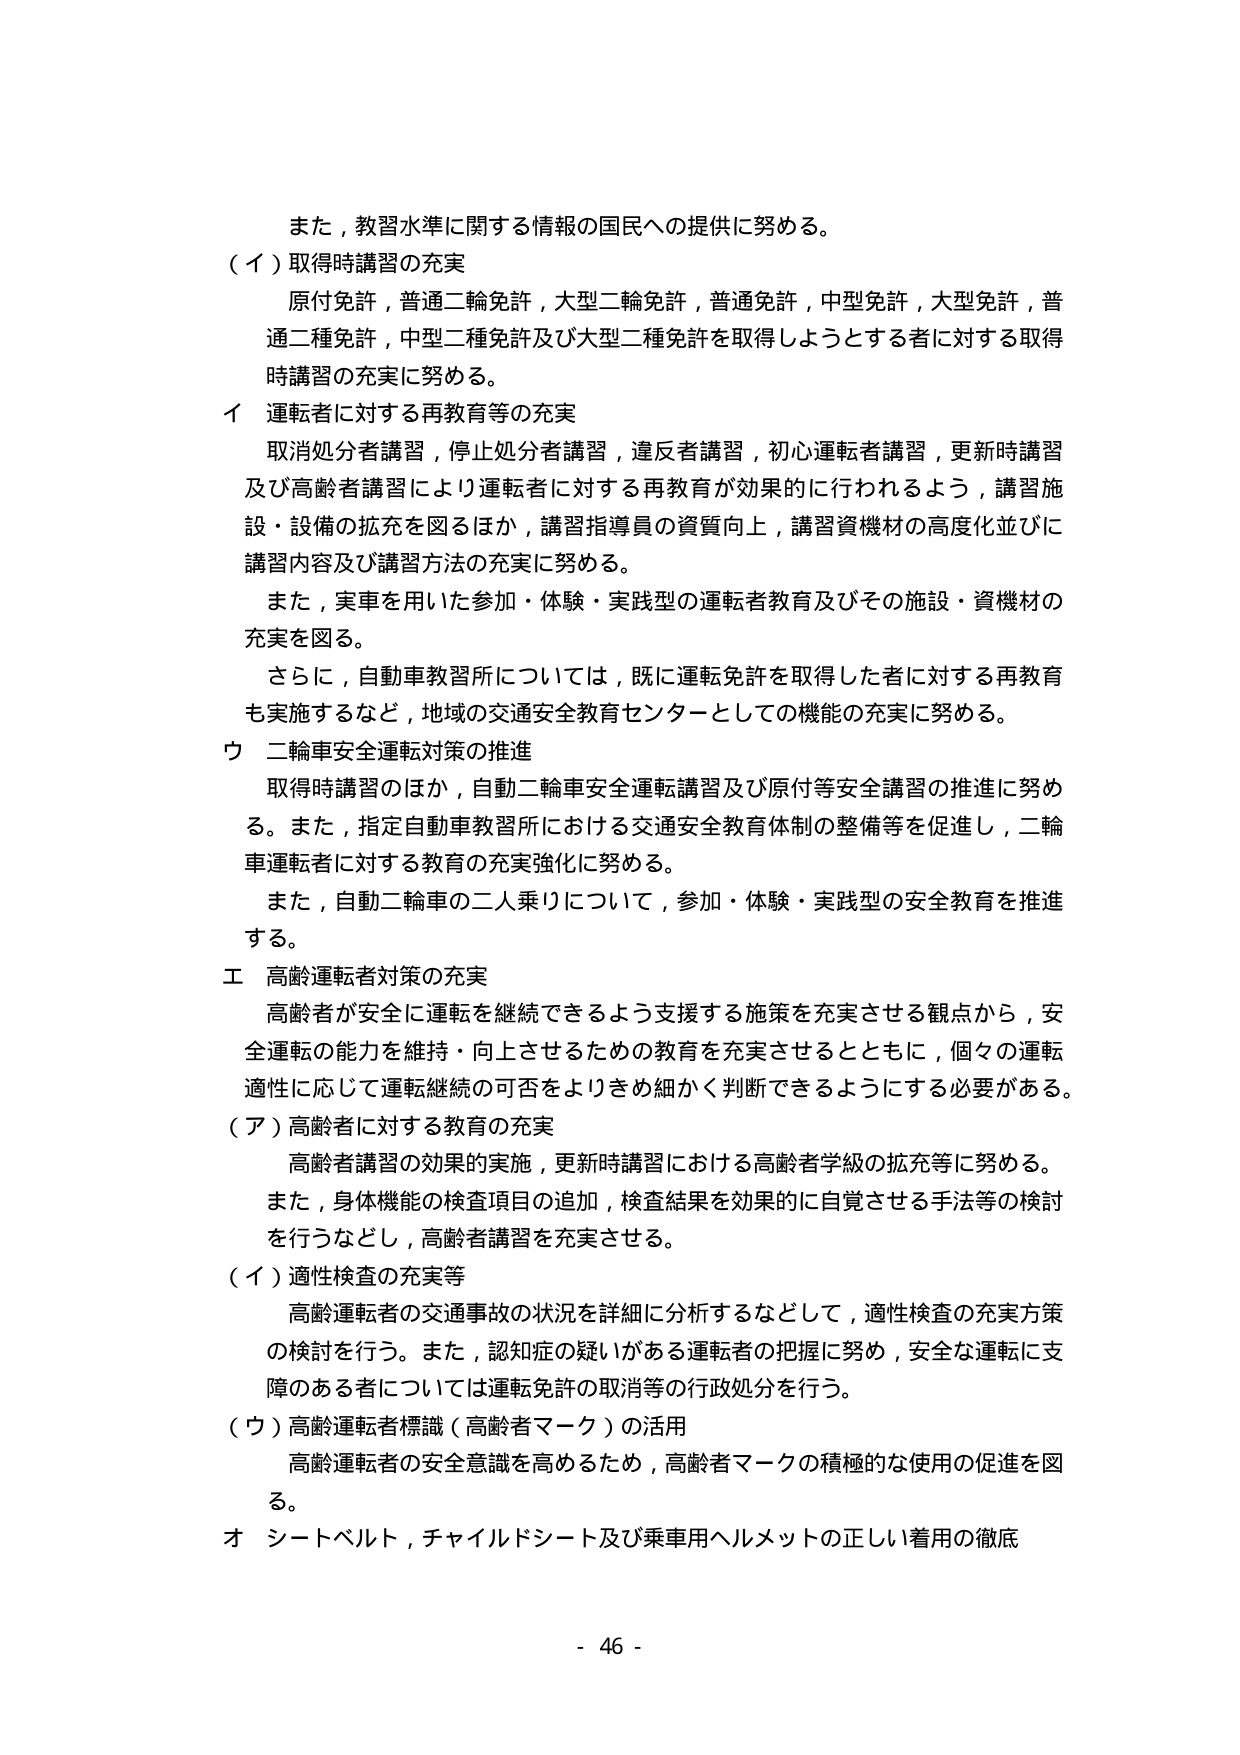
また，教習水準に関する情報の国民への提供に努める。

（イ）取得時講習の充実
原付免許，普通二輪免許，大型二輪免許，普通免許，中型免許，大型免許，普通二種免許，中型二種免許及び大型二種免許を取得しようとする者に対する取得時講習の充実に努める。

イ 運転者に対する再教育等の充実
取消処分者講習，停止処分者講習，違反者講習，初心運転者講習，更新時講習及び高齢者講習により運転者に対する再教育が効果的に行われるよう，講習施設・設備の拡充を図るほか，講習指導員の資質向上，講習資機材の高度化並びに講習内容及び講習方法の充実に努める。
また，実車を用いた参加・体験・実践型の運転者教育及びその施設・資機材の充実を図る。
さらに，自動車教習所については，既に運転免許を取得した者に対する再教育も実施するなど，地域の交通安全教育センターとしての機能の充実に努める。

ウ 二輪車安全運転対策の推進
取得時講習のほか，自動二輪車安全運転講習及び原付等安全講習の推進に努める。また，指定自動車教習所における交通安全教育体制の整備等を促進し，二輪車運転者に対する教育の充実強化に努める。
また，自動二輪車の二人乗りについて，参加・体験・実践型の安全教育を推進する。

エ 高齢運転者対策の充実
高齢者が安全に運転を継続できるよう支援する施策を充実させる観点から，安全運転の能力を維持・向上させるための教育を充実させるとともに，個々の運転適性に応じて運転継続の可否をよりきめ細かく判断できるようにする必要がある。

（ア）高齢者に対する教育の充実
高齢者講習の効果の実施，更新時講習における高齢者学級の拡充等に努める。
また，身体機能の検査項目の追加，検査結果を効果的に自覚させる手法等の検討を行うなどし，高齢者講習を充実させる。

（イ）適性検査の充実等
高齢運転者の交通事故の状況を詳細に分析するなどして，適性検査の充実方策の検討を行う。また，認知症の疑いがある運転者の把握に努め，安全な運転に支障のある者については運転免許の取消等の行政処分を行う。

（ウ）高齢運転者標識（高齢者マーク）の活用
高齢運転者の安全意識を高めるため，高齢者マークの積極的な使用の促進を図る。

オ シートベルト，チャイルドシート及び乗車用ヘルメットの正しい着用の徹底

- 46 -